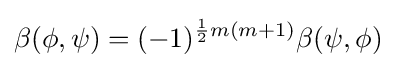
\beta (\phi ,\psi )=(-1)^{{\frac {1}{2}}m(m+1)}\beta (\psi ,\phi )